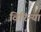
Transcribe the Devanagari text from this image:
विरिन्या